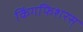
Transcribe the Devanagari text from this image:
किंगफिशरस्